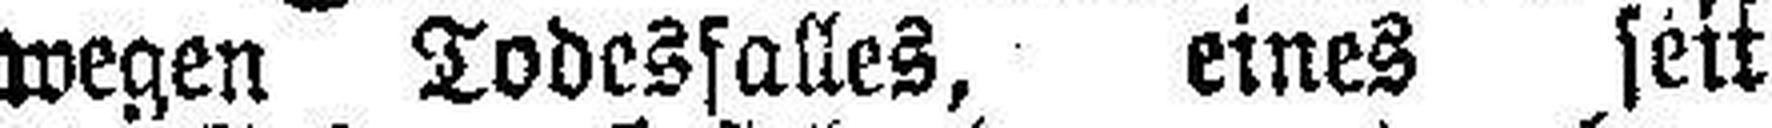
wegen Todesfalles, eines seit